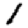
Digit: 1